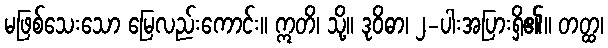
မဖြစ်သေးသော မြေလည်းကောင်း။ ဣတိ၊ သို့။ ဒုဝိဓာ၊ ၂-ပါးအပြားရှိ၏။ တတ္ထ၊